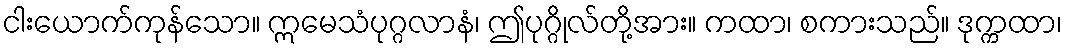
ငါးယောက်ကုန်သော။ ဣမေသံပုဂ္ဂလာနံ၊ ဤပုဂ္ဂိုလ်တို့အား။ ကထာ၊ စကားသည်။ ဒုက္ကထာ၊